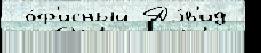
 о́ф'исный Дэ́в'ид